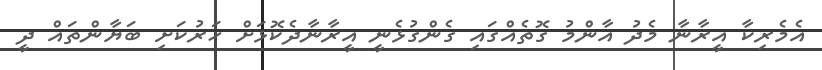
އެމެރިކާ އީރާނާ މެދު އާންމު ގޮތެއްގައި ގެންގުޅެނީ އީރާނާދެކޮޅަށް ހަރުކަށި ބަޔާންތައް ދީ